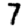
Digit: 7